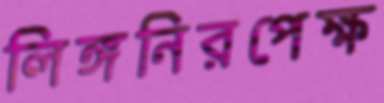
লিঙ্গনিরপেক্ষ